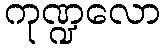
ကုဏ္ဍလော